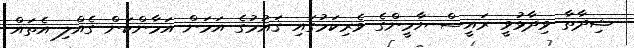
ޝިދާތާ ވިދާޅުވީ ރައީސް ޔާމީންގެ ވެރިކަމުގައި ޤައުމުގެ އަމަން އަމާންކަން ގެއްލި އެތައް